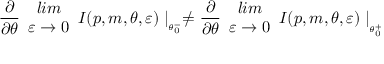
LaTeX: \frac { \partial } { \partial \theta } \begin{array} { c } { { l i m } } \\ { { \varepsilon \rightarrow 0 } } \end{array} I ( p , m , \theta , \varepsilon ) \mid _ { _ { \theta _ { 0 } ^ { - } } } \neq \frac { \partial } { \partial \theta } \begin{array} { c } { { l i m } } \\ { { \varepsilon \rightarrow 0 } } \end{array} I ( p , m , \theta , \varepsilon ) \mid _ { _ { _ { \theta _ { 0 } ^ { + } } } }